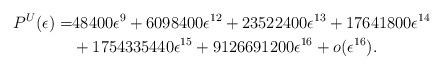
LaTeX: \begin{align*}P^U(\epsilon) =&48400\epsilon^9+6098400\epsilon^{12}+23522400\epsilon^{13} +17641800\epsilon^{14}\\ &+1754335440\epsilon^{15}+9126691200\epsilon^{16}+o(\epsilon^{16}).\end{align*}